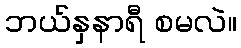
ဘယ်နှနာရီ စမလဲ။